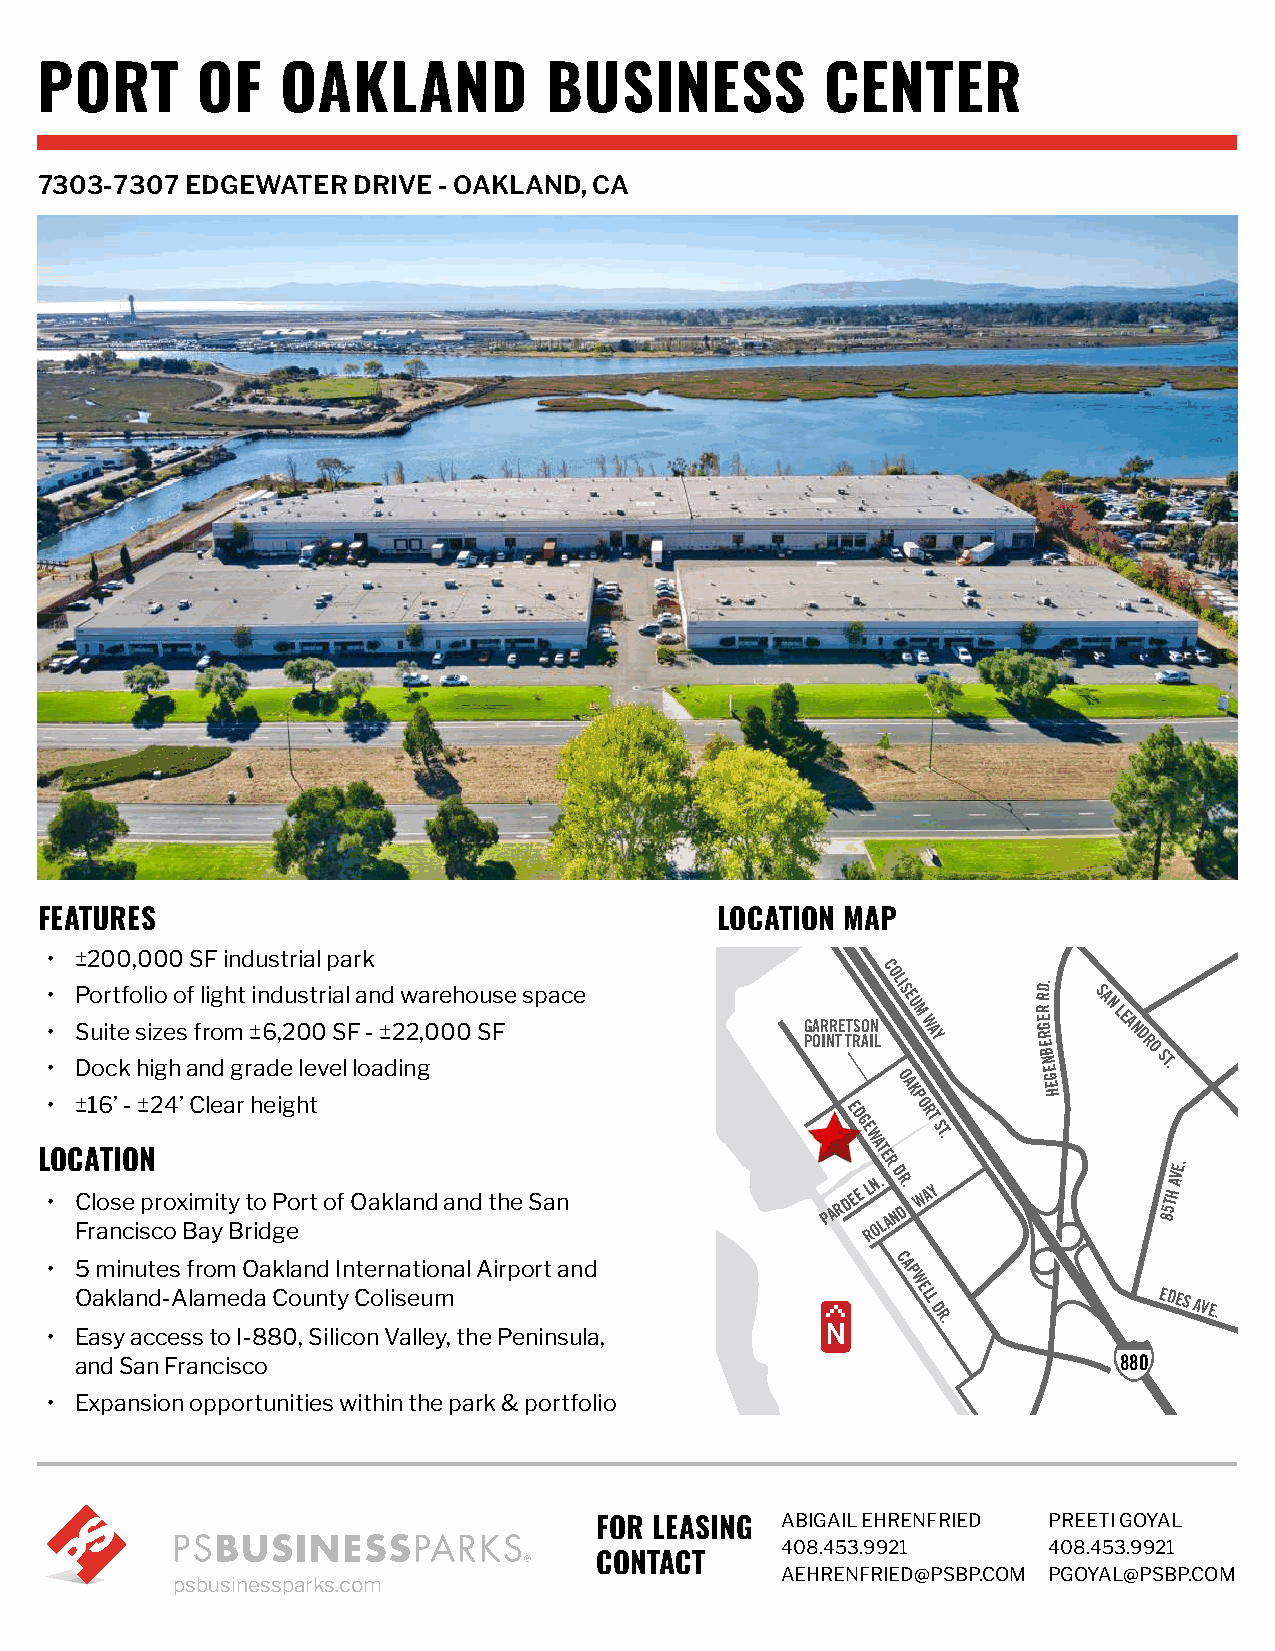
PORT       OF    OAKLAND          BUSINESS           CENTER
 7303-7307 EDGEWATER  DRIVE - OAKLAND, CA
 FEATURES                                     LOCATION MAP
 • ±200,000 SF industrial park
 C
 • Portfolio of light industrial and warehouse space
 OLI
 S E
 RD.
 SA
 • • S Du oi cte k s hi iz ge hs a f nro dm gr ± a6 d, e2 0 le0 v eS l F lo - a ± d2 in2 g,000 SF G PA OR INR TE T TS RO AN IL U M WAY R E G R E B N
 E
 N LEA N D R O ST.
 O         G
 L•
 O
 C± A16 TI’ O- ± N24’ Clear height                   E D
 G E
 WAT
 E R
 A K P O RT
 ST.
 E H
 E.
 • C Frl ao nse
 ci
 sp cro ox Bim ayit By rt io
 d
 gP eort of Oakland and the San       PARDEE L RN O. LAD R N.
 D
 WAY             85TH AV
 • 5 minutes from Oakland International Airport and      C A
 P
 W
 Oakland-Alameda County Coliseum                        ELL
 D
 EDES
 AVE.
 R.
 • Easy access to I-880, Silicon Valley, the Peninsula,
 and San Francisco                                                    880
 • Expansion opportunities within the park & portfolio
 ABIGAIL EHRENFRIED PREETI GOYAL
 FOR LEASING
 408.453.9921     408.453.9921
 CONTACT
 AEHRENFRIED@PSBP.COM PGOYAL@PSBP.COM
 psbusinessparks.com